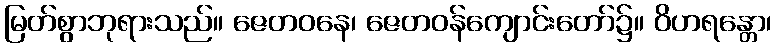
မြတ်စွာဘုရားသည်။ ဇေတဝနေ၊ ဇေတဝန်ကျောင်းတော်၌။ ဝိဟရန္တော၊